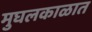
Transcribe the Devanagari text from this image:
मुघलकाळात